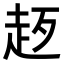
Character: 𧺰